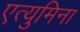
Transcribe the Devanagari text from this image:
एत्‍युमिना